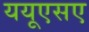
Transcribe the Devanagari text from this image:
ययूएसए